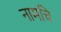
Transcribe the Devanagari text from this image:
नामचि